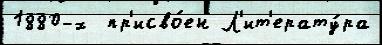
1880-х  пр'исво́ен Л'ит'ерату́ра